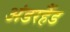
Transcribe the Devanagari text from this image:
अंडरहैंड